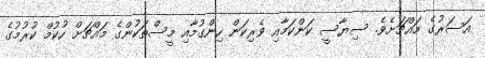
އަސަރުގެ މައްޗަށެވެ. ސިޔާސީ ކަންކަމާއި ވެރިކަން ހިންގުމާއި މީސްތަކުންގެ މައްޗަށް ހުކުމް ކުރުމުގެ